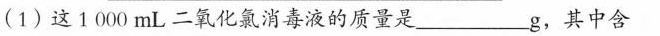
(1)这1000mL二氧化氯消毒液的质量是___g，其中含